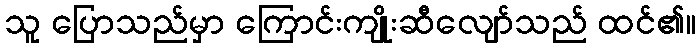
သူ ပြောသည်မှာ ကြောင်းကျိုးဆီလျော်သည် ထင်၏။